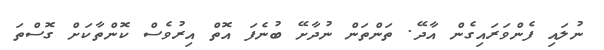
ނުލައި ފެންވަރައިގެން އާދޭ. ތަންތަން ނުދާށޭ ބުނެފަ އޮތް އިރުވެސް ކޮންތާކަށް ގޮސްތަ